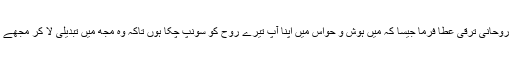
ٹھیک اِسی وقت، مجھے رُوحانی ترقی عطا فرما جیسا کہ میں ہوش و حواس میں اپنا آپ تیرے رُوح کو سونپ چُکا ہوں تاکہ وہ مجھ میں تبدیلی لا کر مجھے ہر دن تیرے جیسا بنائے۔